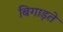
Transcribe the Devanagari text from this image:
बिगाड़ते